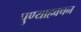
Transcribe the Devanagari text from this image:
पुण्याहवचन